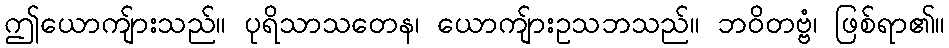
ဤယောကျ်ားသည်။ ပုရိသာသတေန၊ ယောကျ်ားဥသဘသည်။ ဘဝိတဗ္ဗံ၊ ဖြစ်ရာ၏။